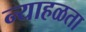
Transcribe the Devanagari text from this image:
न्याहळता